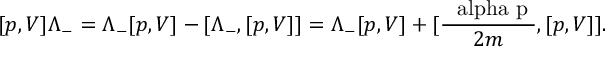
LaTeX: [ p , V ] \Lambda _ { - } = \Lambda _ { - } [ p , V ] - [ \Lambda _ { - } , [ p , V ] ] = \Lambda _ { - } [ p , V ] + [ \frac { \mathrm { \boldmath ~ \ a l p h a ~ p ~ } } { 2 m } , [ p , V ] ] .